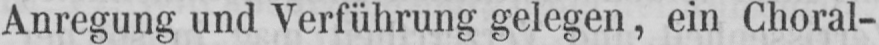
Anregung und Verführung gelegen, ein Choral-